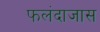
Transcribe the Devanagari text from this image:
फलंदाजास